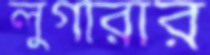
লুগারার